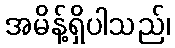
အမိန့်ရှိပါသည်၊